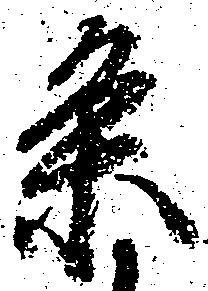
条